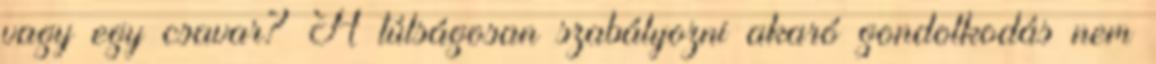
vagy egy csavar? A túlságosan szabályozni akaró gondolkodás nem